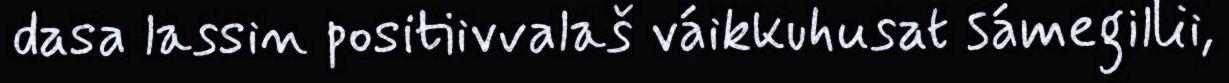
dasa lassin positiivvalaš váikkuhusat sámegillii,